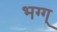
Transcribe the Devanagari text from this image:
भग्ग्